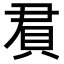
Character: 𬥒